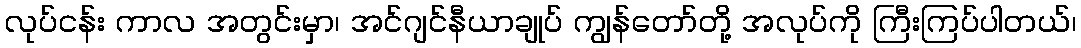
လုပ်ငန်း ကာလ အတွင်းမှာ၊ အင်ဂျင်နီယာချုပ် ကျွန်တော်တို့ အလုပ်ကို ကြီးကြပ်ပါတယ်၊